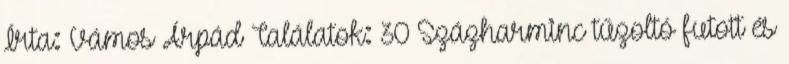
Írta: Vámos Árpád Találatok: 30 Százharminc tűzoltó futott és